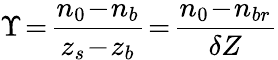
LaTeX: \Upsilon\! =\! \frac{n_{0}\! -\! n_{b}}{z_{s}\! -\! z_{b}}\! =\! \frac{n_{0}\! -\! n_{br}}{\delta Z}